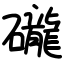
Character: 礲